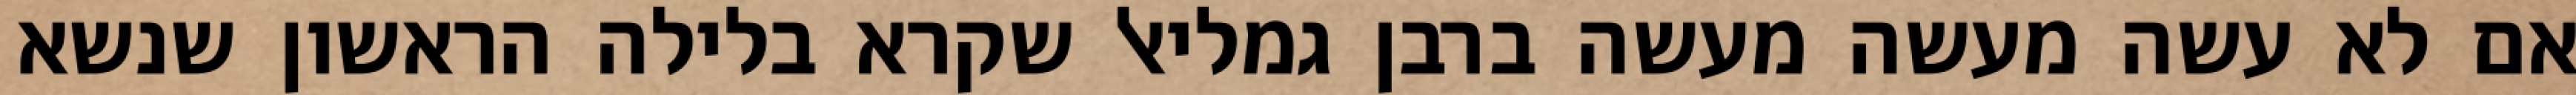
אם לא עשה מעשה מעשה ברבן גמליאל שקרא בלילה הראשון שנשא